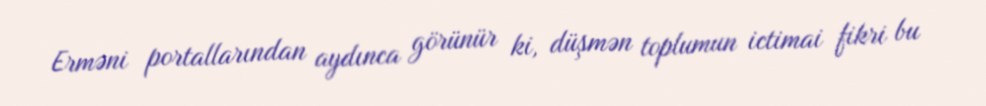
Erməni portallarından aydınca görünür ki, düşmən toplumun ictimai fikri bu